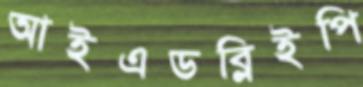
আইএডব্লিইপি